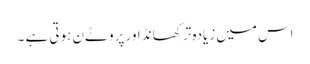
اس میں زیادہ تر کھانڈ اور پروٹےن ہوتی ہے ۔